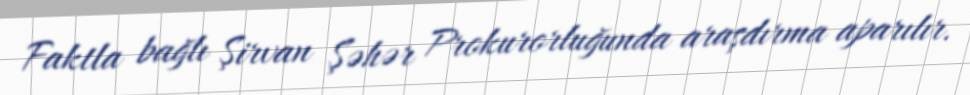
Faktla bağlı Şirvan Şəhər Prokurorluğunda araşdırma aparılır.